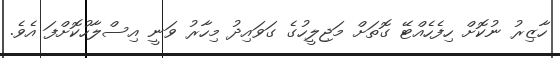
ހާޒިރު ނުކޮށް ހިފެހެއްޓޭ ގޮތަށް މަޖިލީހުގެ ގަވައިދު މިހާރު ވަނީ އިސްލާހުކޮށްފަ އެވެ.